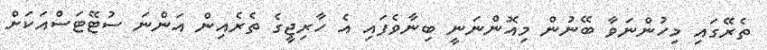
ތެރޭގައި މިހުންނަވާ ބޭނުން މިއޮންނަނީ ބިނާވެފައި އެ ހާރިޖީގެ ތެރެއިން އަންނަ ސުޓޭޓަސްއަކަށް